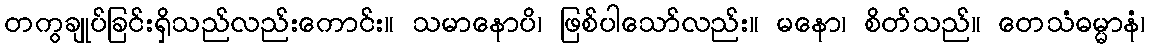
တကွချုပ်ခြင်းရှိသည်လည်းကောင်း။ သမာနောပိ၊ ဖြစ်ပါသော်လည်း။ မနော၊ စိတ်သည်။ တေသံဓမ္မာနံ၊